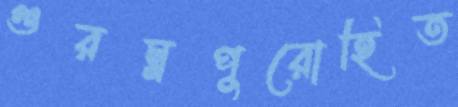
গুরম্নপুরোহিত